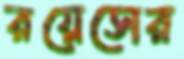
রয়েসের